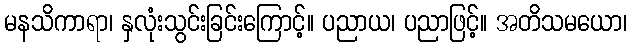
မနသိကာရာ၊ နှလုံးသွင်းခြင်းကြောင့်။ ပညာယ၊ ပညာဖြင့်။ အတိသမယော၊